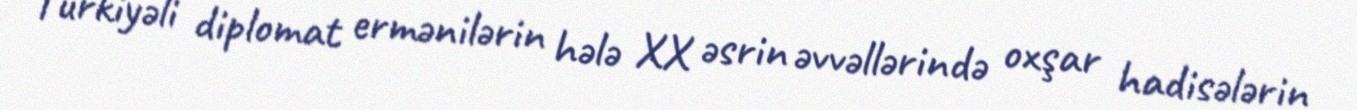
Türkiyəli diplomat ermənilərin hələ XX əsrin əvvəllərində oxşar hadisələrin